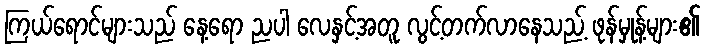
ကြယ်ရောင်များသည် နေ့ရော ညပါ လေနှင့်အတူ လွင့်တက်လာနေသည့် ဖုန်မှုန့်များ၏